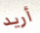
أريد